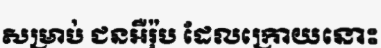
សម្រាប់ ជនអឺរ៉ុប ដែលក្រោយនោះ